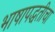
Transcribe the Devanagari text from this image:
भाषापद्धतीचा